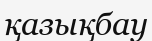
қазықбау